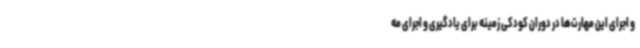
و اجرای این مهارت‌ها در دوران کودکی زمینه برای یادگیری و اجرای مه